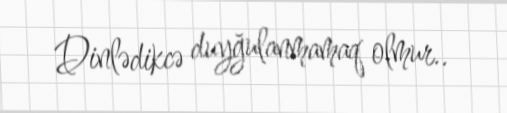
Dinlədikcə duyğulanmamaq olmur..